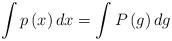
LaTeX: \begin{align*}\int p\left( x\right) dx=\int P\left( g\right) dg\end{align*}